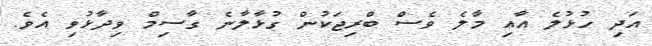
އަދި ހުޅުލެ އާއި މާލެ ވެސް ބްރިޖަކުން ގުޅާލާނެ ގާސިމް ވިދާޅުވި އެވެ.